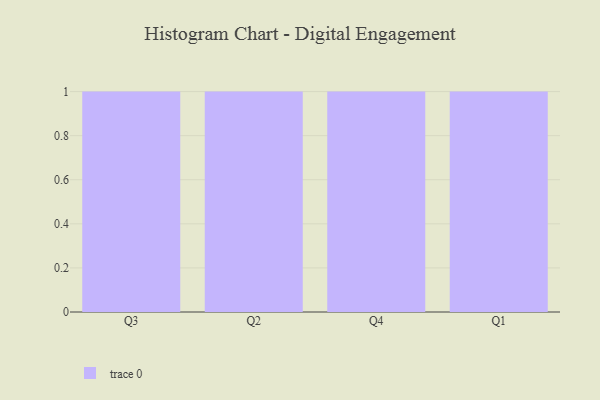
{"axis": {"x": "Quarter", "y": "Backlog"}, "legend": [""], "data": [{"x": "Q3", "y": 40, "type": ""}, {"x": "Q2", "y": 79, "type": ""}, {"x": "Q4", "y": 39, "type": ""}, {"x": "Q1", "y": 85, "type": ""}]}